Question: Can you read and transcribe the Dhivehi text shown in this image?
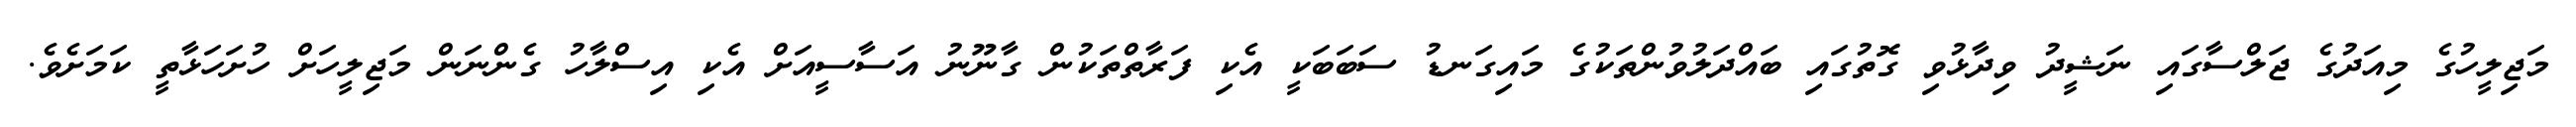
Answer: މަޖިލީހުގެ މިއަދުގެ ޖަލްސާގައި ނަޝީދު ވިދާޅުވި ގޮތުގައި ބައްދަލުވުންތަކުގެ މައިގަނޑު ސަބަބަކީ އެކި ފަރާތްތަކުން ގާނޫނު އަސާސީއަށް އެކި އިސްލާހު ގެންނަން މަޖިލީހަށް ހުށަހަޅާތީ ކަމަށެވެ.